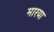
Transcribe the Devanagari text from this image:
मारया